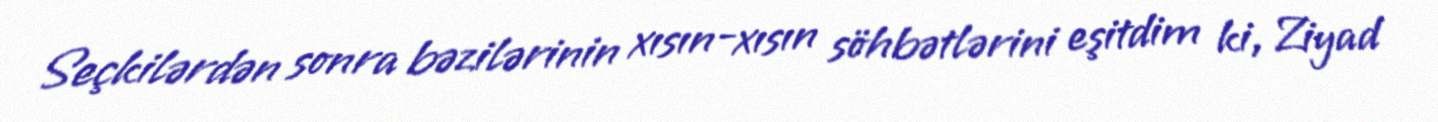
Seçkilərdən sonra bəzilərinin xısın-xısın söhbətlərini eşitdim ki, Ziyad